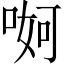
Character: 𠶚